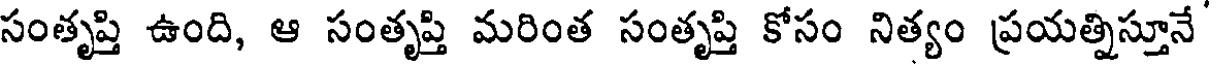
సంతృప్తి ఉంది, ఆ సంతృప్తి మరింత సంతృప్తి కోసం నిత్యం ప్రయత్నిస్తూనే